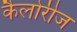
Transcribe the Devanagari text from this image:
कैलोरीज